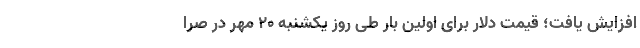
افزایش یافت؛ قیمت دلار برای اولین بار طی روز یکشنبه 20 مهر در صرا